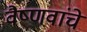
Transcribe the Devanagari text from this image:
वैष्णवांचे